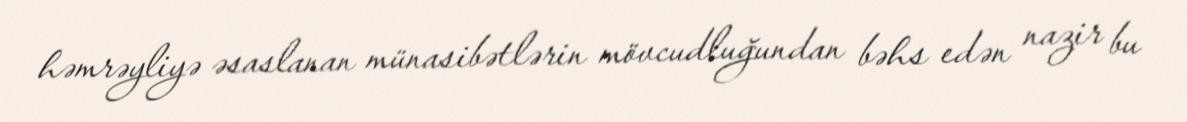
həmrəyliyə əsaslanan münasibətlərin mövcudluğundan bəhs edən nazir bu